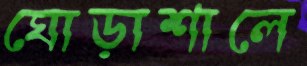
ঘোড়াশালে